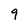
Character: 9